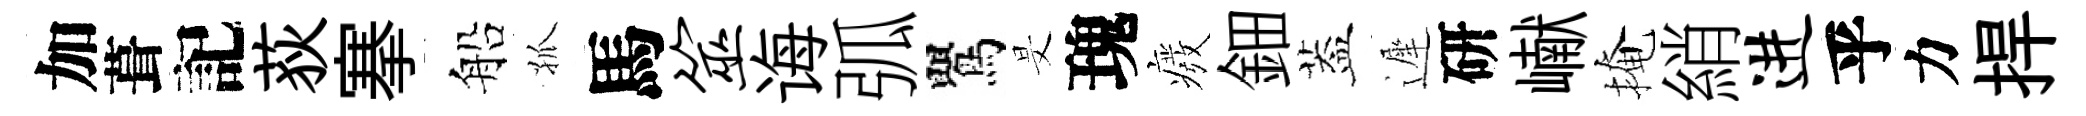
加葺記荻搴船孤馬筮诲弧鸎旻瑰癈鈿葢遲研𪩘掩綃进乎力捍